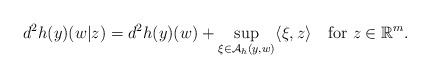
\begin{align*} d^2 h(y)(w|z)=d^2 h(y)(w)+\sup_{\xi\in\mathcal{A}_{h}(y,w)}\langle\xi,z\rangle\quad{\rm for}\ z\in\mathbb{R}^m. \end{align*}